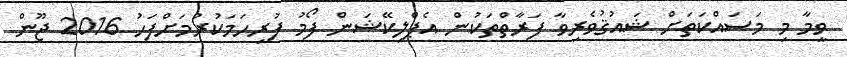
ވީމާ މި މަސައްކަތަށް ޝައުޤުވެރިވާ ފަރާތްތަކުން އެޕްލިކޭޝަން ފޯމު ފުރިހަމަކުރުމަށްފަހު 2016 ޖޫން